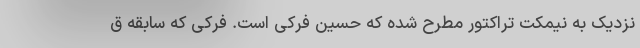
نزدیک به نیمکت تراکتور مطرح شده که حسین فرکی است. فرکی که سابقه ق